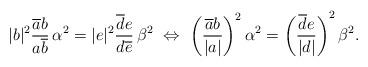
LaTeX: \begin{align*}|b|^{2}\frac{\overline{a}b}{a\overline{b}}\,\alpha^{2}=|e|^{2}\frac{\overline{d}e}{d\overline{e}}\,\beta^{2}\ \Leftrightarrow\ \left(\frac{\overline{a}b}{|a|}\right) ^{2}\alpha^{2}=\left( \frac{\overline{d}e}{|d|}\right) ^{2}\beta^{2}.\end{align*}